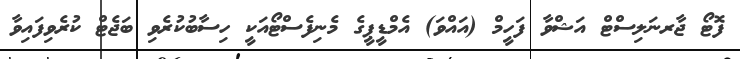
ފޮޓޯ ޖާރނަލިސްޓް އަޝްވާ ފަހީމް (އައްވަ) އެމްޑީޕީގެ މެނިފެސްޓޯއަކީ ހިސާބުކުރެވި ބަޖެޓް ކުރެވިފައިވާ